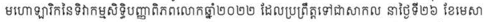
មហោឡារិកនៃទិវាកម្មសិទិ្ធបញ្ញាពិភពលោកឆ្នាំ២០២២ ដែលប្រព្រឹត្តទៅជាសាកល នាថ្ងៃទី២៦ ខែមេសា